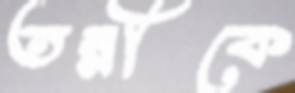
তন্নীকে